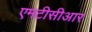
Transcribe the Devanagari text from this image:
एमटीसीआर